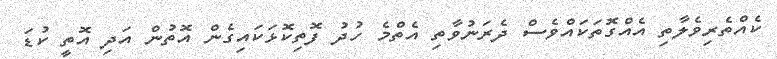
ކެއްތެރިވެލާތި އެއްގޮތަކައްވެސް ދެރަނުވާތި އެތްމެ ހުދު ފޮތިކޮޅަކައިގެން އޮތުން އަދި އޮތީ ކުޑަ